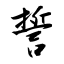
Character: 誓